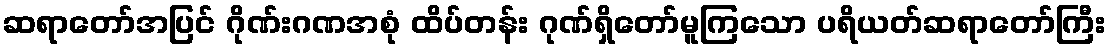
ဆရာတော်အပြင် ဂိုဏ်းဂဏအစုံ ထိပ်တန်း ဂုဏ်ရှိတော်မူကြသော ပရိယတ်ဆရာတော်ကြီး